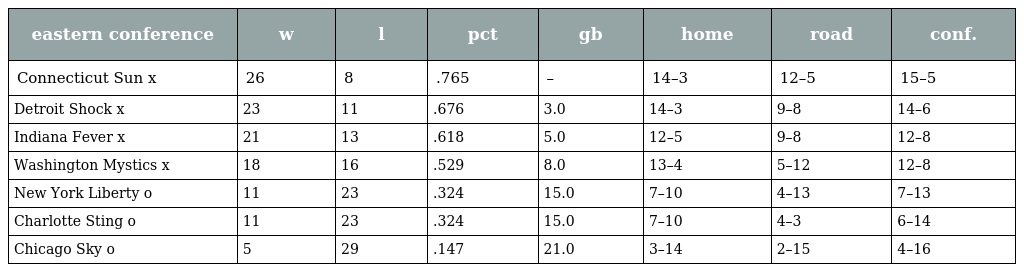
| eastern conference | w | l | pct | gb | home | road | conf. |
 | --- | --- | --- | --- | --- | --- | --- | --- |
 | Connecticut Sun x | 26 | 8 | .765 | – | 14–3 | 12–5 | 15–5 |
 | Detroit Shock x | 23 | 11 | .676 | 3.0 | 14–3 | 9–8 | 14–6 |
 | Indiana Fever x | 21 | 13 | .618 | 5.0 | 12–5 | 9–8 | 12–8 |
 | Washington Mystics x | 18 | 16 | .529 | 8.0 | 13–4 | 5–12 | 12–8 |
 | New York Liberty o | 11 | 23 | .324 | 15.0 | 7–10 | 4–13 | 7–13 |
 | Charlotte Sting o | 11 | 23 | .324 | 15.0 | 7–10 | 4–3 | 6–14 |
 | Chicago Sky o | 5 | 29 | .147 | 21.0 | 3–14 | 2–15 | 4–16 |